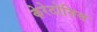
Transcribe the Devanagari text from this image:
केरेटोसिस